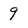
Character: 9